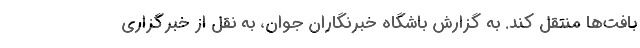
بافت‌ها منتقل کند. به گزارش باشگاه خبرنگاران جوان، به نقل از خبرگزاری